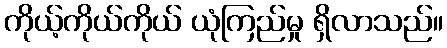
ကိုယ့်ကိုယ်ကိုယ် ယုံကြည်မှု ရှိလာသည်။